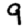
Digit: 9